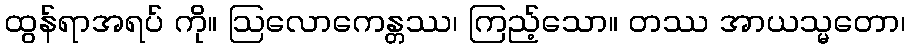
ထွန်ရာအရပ် ကို။ ဩလောကေန္တဿ၊ ကြည့်သော။ တဿ အာယသ္မတော၊